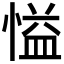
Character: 𪬘